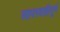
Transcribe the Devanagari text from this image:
लापरवाहीपूर्ण